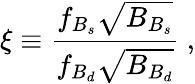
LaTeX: \xi\equiv\frac{f_{B_{s}}\sqrt{B_{B_{s}}}}{f_{B_{d}}\sqrt{B_{B_{d}}}}\ ,